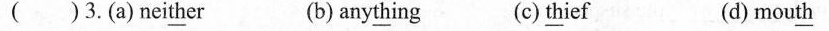
()3.(a)nei\underline{th}er (b)any\underline{th}ing (c)\underline{th}ief (d)mou\underline{th}